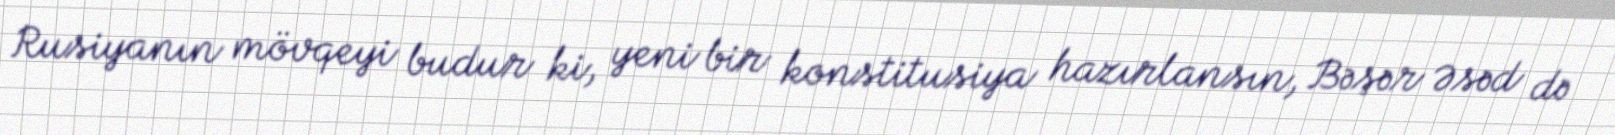
Rusiyanın mövqeyi budur ki, yeni bir konstitusiya hazırlansın, Bəşər Əsəd də